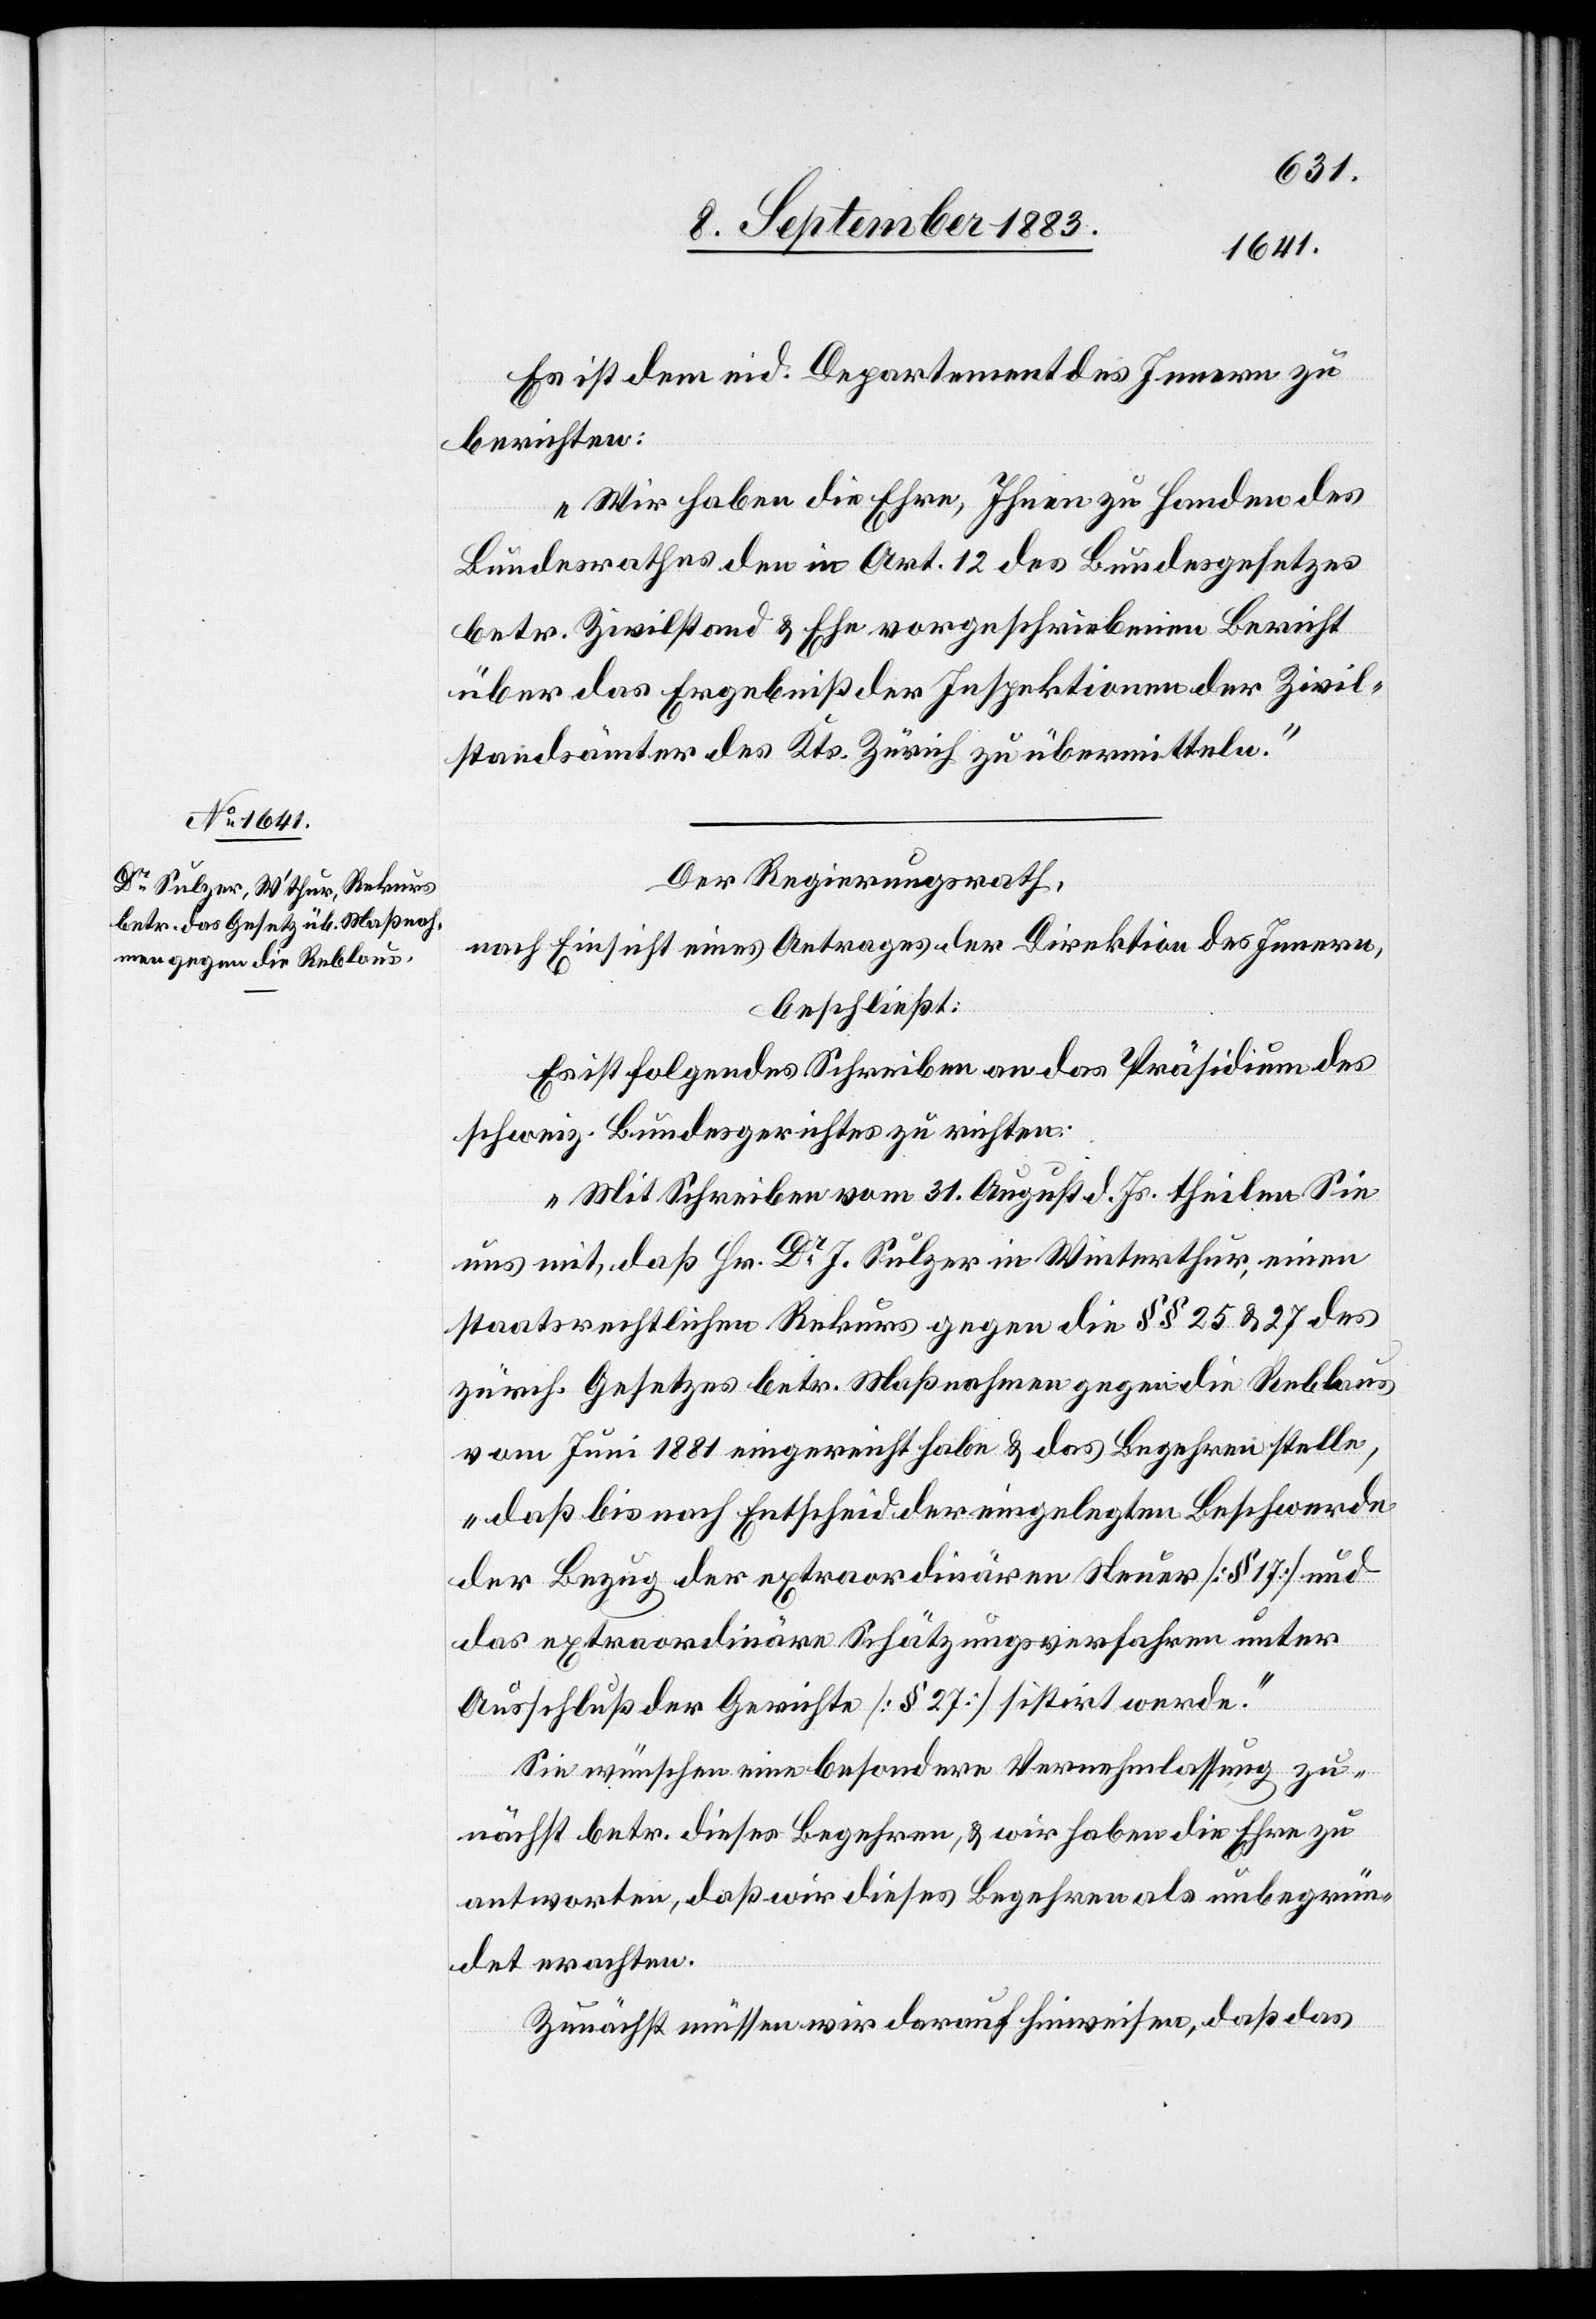
Es ist dem eid. Departement des Innern zu
berichten:
„Wir habe die Ehre, Ihnen zu handen des
Bundesrathes den in Art. 12 des Bundesgesetzes
betr. Zivilstand & Ehe vorgeschriebenen Bericht
über das Ergebniß der Inspektionen der Zivil¬
standsämter des Kts. Zürich zu übermitteln.“
Der Regierungsrath,
nach Einsicht eines Antrages der Direktion des Innern,
beschließt:
Es ist folgendes Schreiben an das Präsidium des
schweiz. Bundesgerichtes zu richten:
„Mit Schreiben vom 31. August d. Js. theilen Sie
uns mit, daß Hr. Dr J. Sulzer in Winterthur, einen
staatsrechtlichen Rekurs gegen die in §§ 25 & 27 des
zürch. Gesetzes betr. Maßnahmen gegen die Reblaus
vom Juni 1881 eingereicht habe & das Begehren stelle,
„daß bis nach Entscheid der eingelegten Beschwerde
der Bezug der extraordinären Steuer [§ 17] und
das extraordinäre Schätzungsverfahren unter
Ausschluß der Gerichte [§ 27] sistirt werde.“
Sie wünschen eine besondere Vernehmlassung zu¬
nächst betr. dieses Begehren, & wir haben die Ehre zu
antworten, daß wir dieses Begehren als unbegrün¬
det erachten.
Zunächst müssen wir darauf hinweisen, daß das